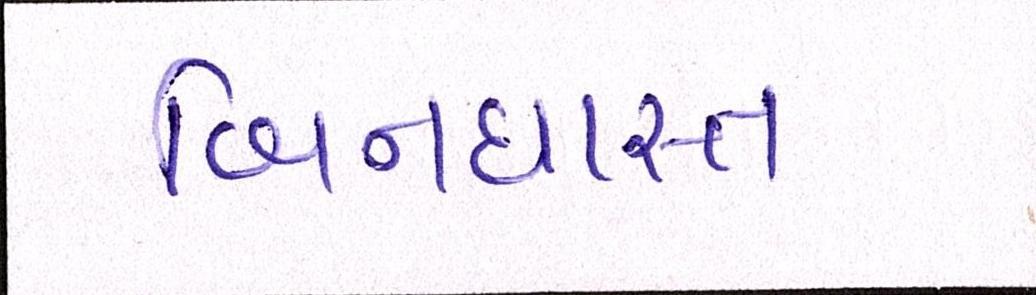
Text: બિનધાસ્ત